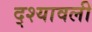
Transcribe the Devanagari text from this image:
द्श्यावली